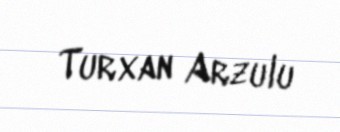
Turxan Arzulu